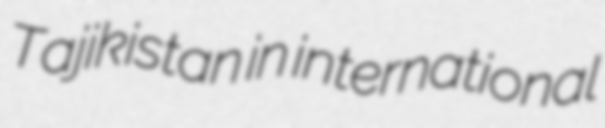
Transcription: Tajikistan in international